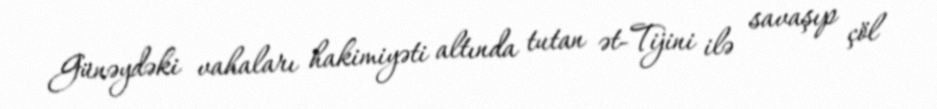
Günəydəki vahaları hakimiyəti altında tutan ət-Tijini ilə savaşıp çöl